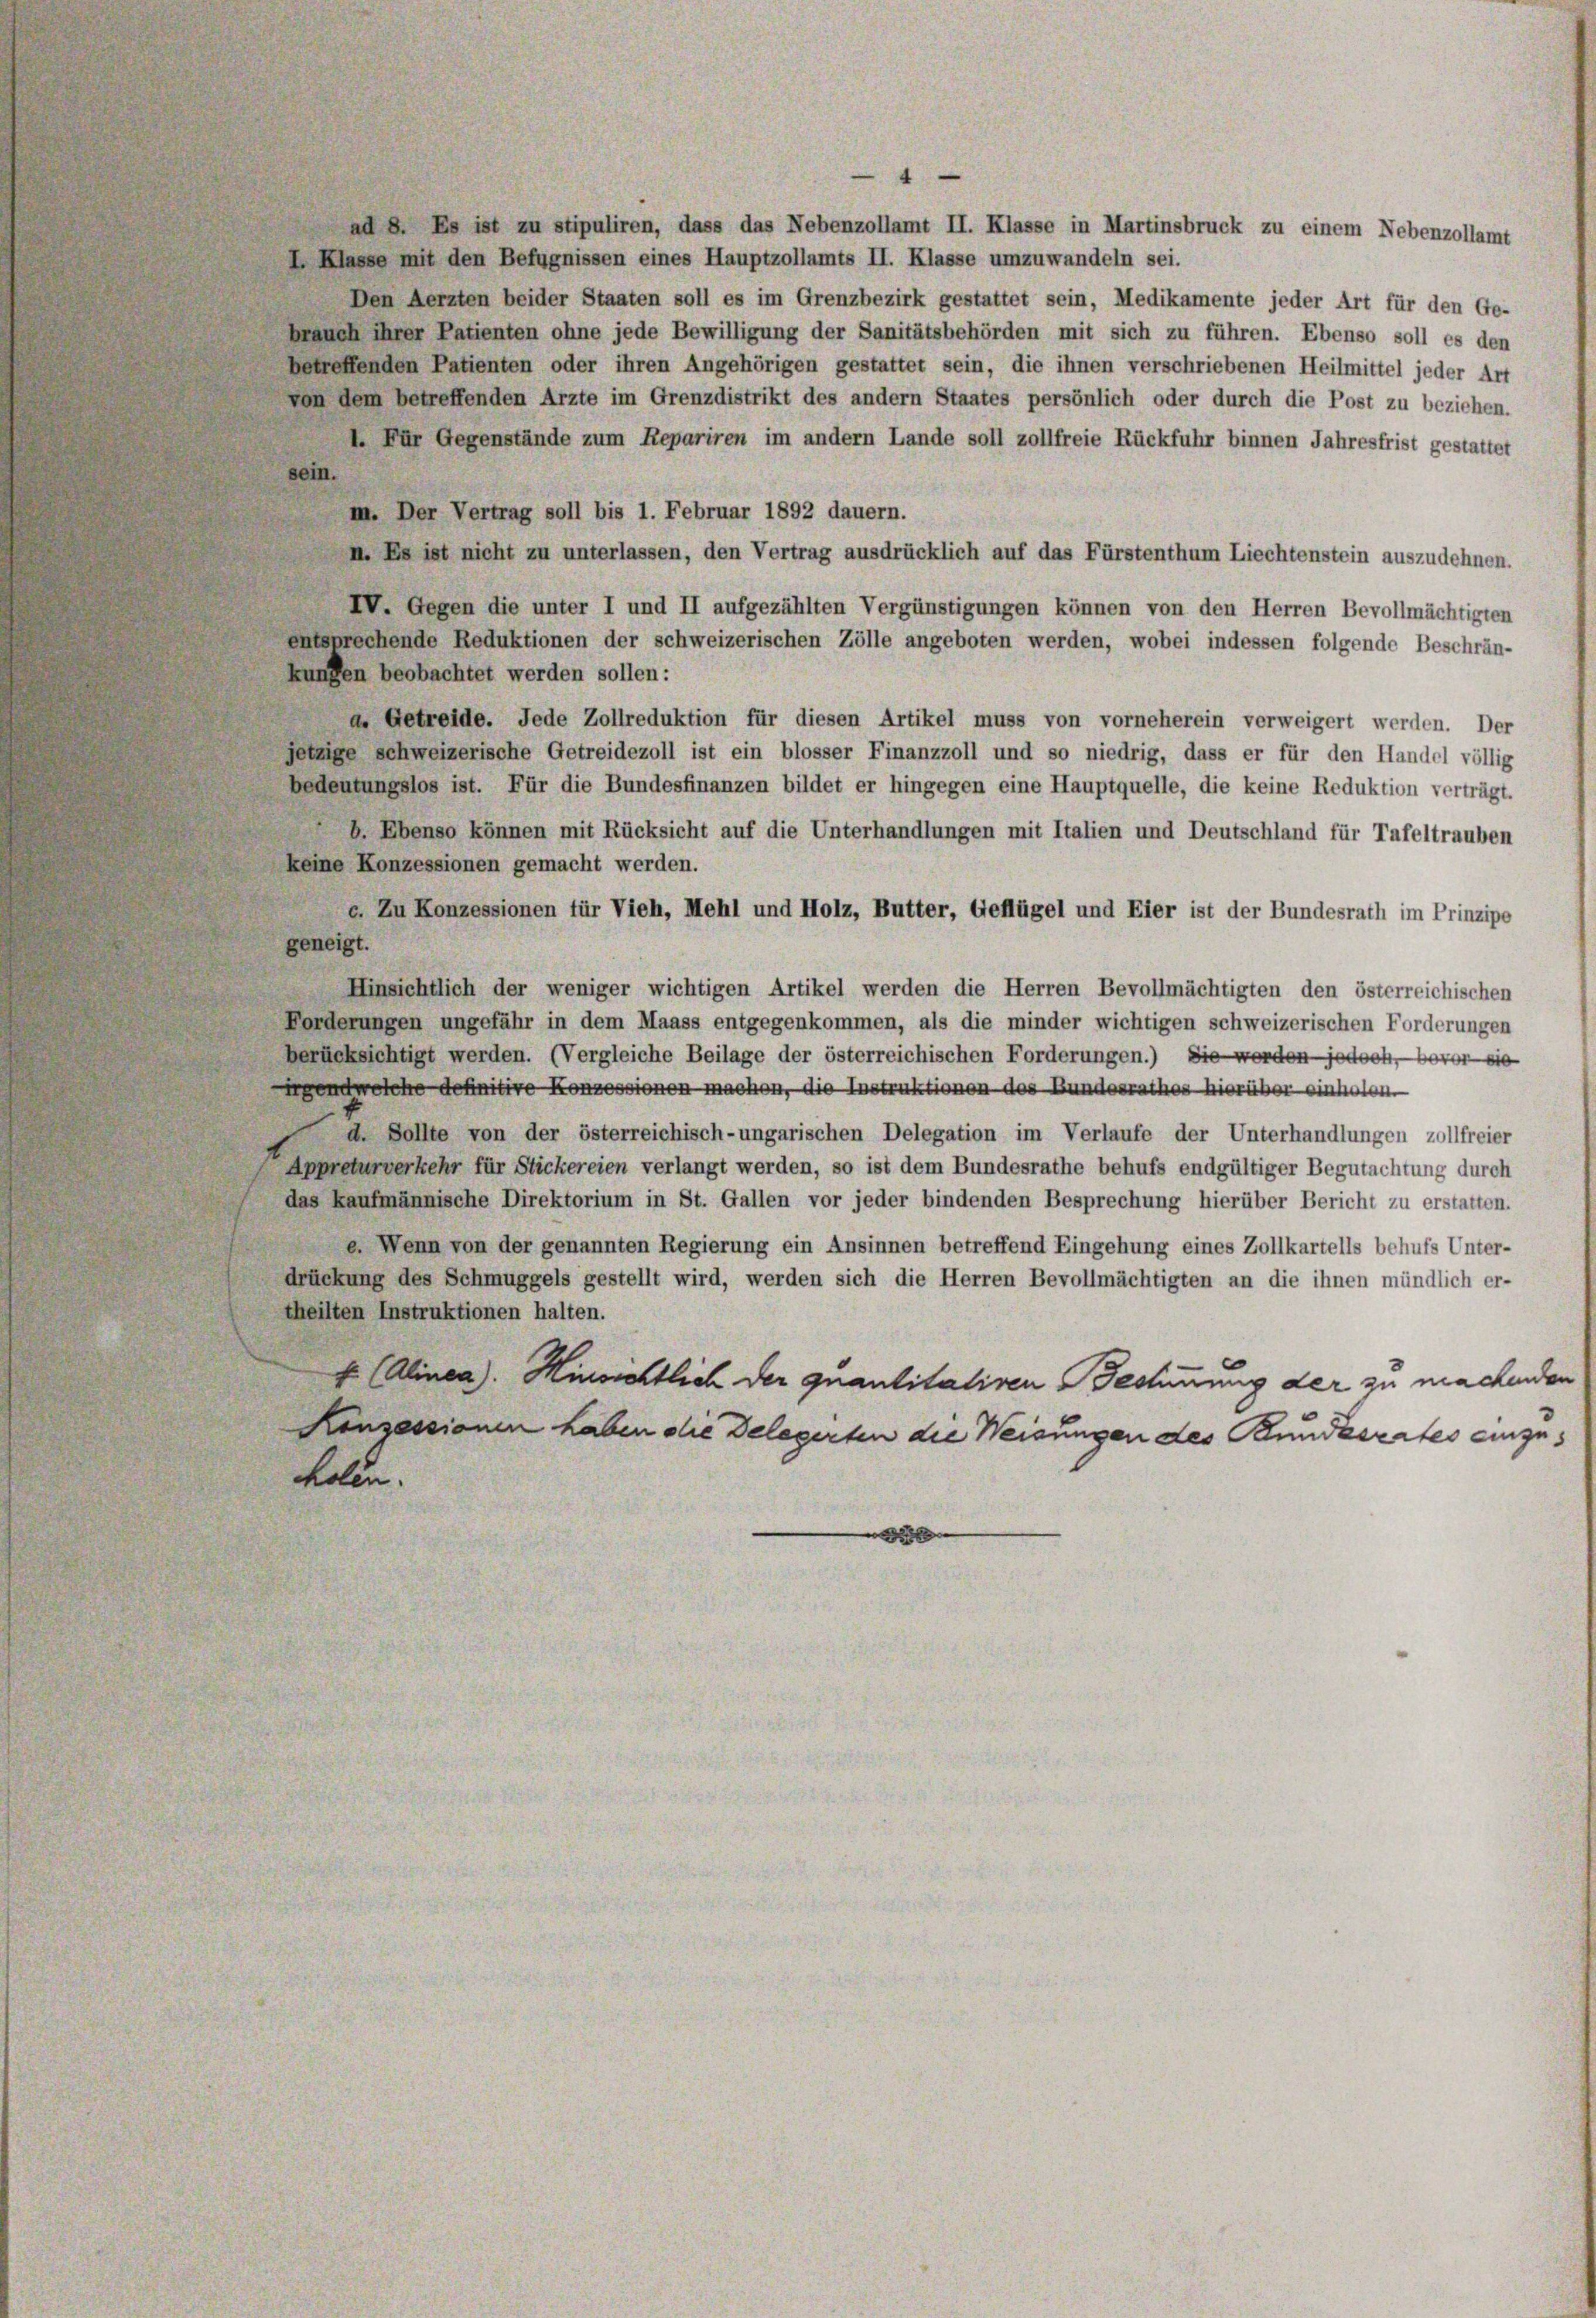
4
ad 8. Es ist zu stipuliren, dass das Nebenzollamt II. Klasse in Martinsbruck zu einem Nebenzollamt
I. Klasse mit den Befugnissen eines Hauptzollamts II. Klasse umzuwandeln sei.
Den Aerzten beider Staaten soll es im Grenzbezirk gestattet sein, Medikamente jeder Art für den Ge-
brauch ihrer Patienten ohne jede Bewilligung der Sanitätsbehörden mit sich zu führen. Ebenso soll es den
betreffenden Patienten oder ihren Angehörigen gestattet sein, die ihnen verschriebenen Heilmittel jeder Art
Von dem betreffenden Arzte im Grenzdistrikt des andern Staates persönlich oder durch die Post zu beziehen.
4. Für Gegenstände zum Repariren im andern Lande soll zollfreie Rückfuhr binnen Jahresfrist gestattet
sein.
m. Der Vertrag soll bis 1. Februar 1892 dauern.
I. Es ist nicht zu unterlassen, den Vertrag ausdrücklich auf das Fürstenthum Liechtenstein auszudehnen.
IV. Gegen die unter I und II aufgezählten Vergünstigungen können von den Herren Bevollmächtigten
entsprechende Reduktionen der schweizerischen Zölle angeboten werden, wobei indessen folgende Beschrän-
kungen beobachtet werden sollen:
a. Getreide. Jede Zollreduktion für diesen Artikel muss von vorneherein verweigert werden. Der
jetzige schweizerische Getreidezoll ist ein blosser Finanzzoll und so niedrig, dass er für den Handel völlig
bedeutungslos ist. Für die Bundesfinanzen bildet er hingegen eine Hauptquelle, die keine Reduktion verträgt.
b. Ebenso können mit Rücksicht auf die Unterhandlungen mit Italien und Deutschland für Tafeltrauben
keine Konzessionen gemacht werden.
c. Zu Konzessionen für Vieh, Mehl und Holz, Butter, Geflügel und Eier ist der Bundesrath im Prinzipe
geneigt.
Hinsichtlich der weniger wichtigen Artikel werden die Herren Bevollmächtigten den österreichischen
Forderungen ungefähr in dem Maass entgegenkommen, als die minder wichtigen schweizerischen Forderungen
berücksichtigt werden. (Vergleiche Beilage der österreichischen Forderungen.) Sie werden jedoch, davor sie
irgendwelche definitive Konzessionen machen, die Instruktionen des Bundesrathes hierüber einholen.
d. Sollte von der österreichisch-ungarischen Delegation im Verlaufe der Unterhandlungen zollfreier
Appreturverkehr für Stickereien verlangt werden, so ist dem Bundesrathe behufs endgültiger Begutachtung durch
das kaufmännische Direktorium in St. Gallen vor jeder bindenden Besprechung hierüber Bericht zu erstatten.
e. Wenn von der genannten Regierung ein Ansinnen betreffend Eingehung eines Zollkartells behufs Unter-
drückung des Schmuggels gestellt wird, werden sich die Herren Bevollmächtigten an die ihnen mündlich er-
theilten Instruktionen halten.
E (Alinea). Hinsichtlich der quantitativen Bestimmung der zu machenden
Konzessionen haben die Delegerten die Weisungen des Bundesrates einzuholen.
3